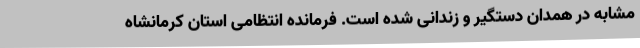
مشابه در همدان دستگیر و زندانی شده است. فرمانده انتظامی استان کرمانشاه